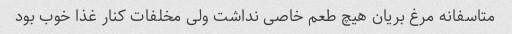
متاسفانه مرغ بریان هیچ طعم خاصی نداشت ولی مخلفات کنار غذا خوب بود